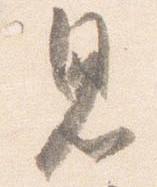
見